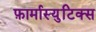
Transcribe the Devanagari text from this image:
फ़ार्मास्युटिक्स